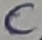
Text: C